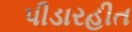
પીડારહીત